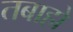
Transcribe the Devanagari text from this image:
तबाहो